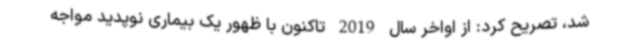
شد، تصریح کرد: از اواخر سال 2019 تاکنون با ظهور یک بیماری نوپدید مواجه